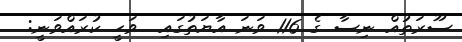
ސޫރަތުއް ނިސާ ގެ 116 ވަނަ އާޔަތުގައި  ވަޙީ ކުރައްވަނީ: